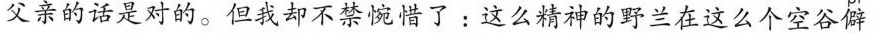
父亲的话是对的。但我却不禁惋惜了:这么精神的野兰在这么个空谷僻